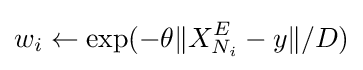
w_{i}\gets \exp(-\theta \|X_{N_{i}}^{E}-y\|/D)